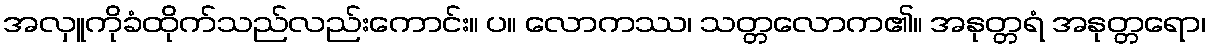
အလှူကိုခံထိုက်သည်လည်းကောင်း။ ပ။ လောကဿ၊ သတ္တလောက၏။ အနုတ္တရံ အနုတ္တရော၊